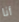
أنا